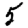
Digit: 5